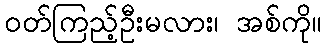
ဝတ်ကြည့်ဦးမလား၊ အစ်ကို။